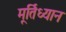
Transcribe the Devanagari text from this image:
मूर्तिध्यान